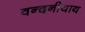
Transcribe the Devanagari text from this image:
वन्दनीयाय